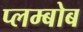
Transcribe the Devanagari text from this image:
प्लम्बोब